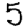
Digit: 5